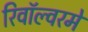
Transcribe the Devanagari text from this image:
रिवॉल्वरमें